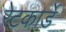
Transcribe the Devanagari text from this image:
रेटकार्डे